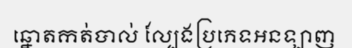
ឆ្នោតកត់បាល់ ល្បែងប្រភេទអនឡាញ